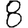
Digit: 8